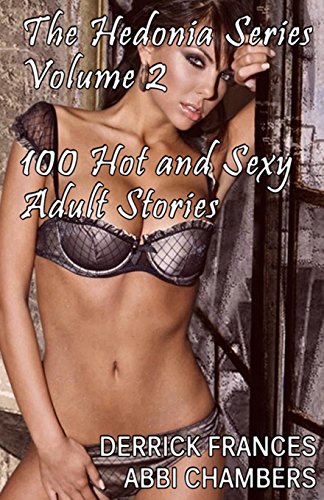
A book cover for The Hedonia Series Vol. 2: 100 Hot and Sexy Adult Stories xxx (Volume 2); Derrick Frances; Romance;